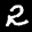
Label: 2